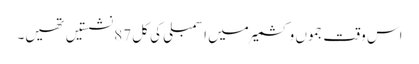
اس وقت جموں و کشمیر میں اسمبلی کی کل 87 نشستیں تھیں۔